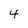
Character: 4